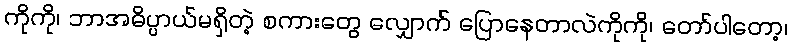
ကိုကို၊ ဘာအဓိပ္ပာယ်မရှိတဲ့ စကားတွေ လျှောက် ပြောနေတာလဲကိုကို၊ တော်ပါတော့၊